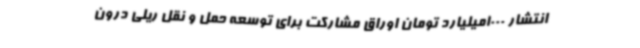
انتشار 1000میلیارد تومان اوراق مشارکت برای توسعه حمل و نقل ریلی درون